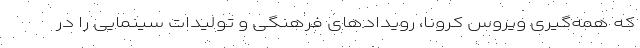
که همه‌گیری ویروس کرونا، رویدادهای فرهنگی و تولیدات سینمایی را در